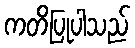
ကတိပြုပါသည်